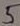
Text: 5